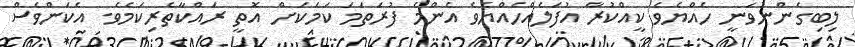
ލިބިގެންނުވަނީ ހެއްޔެވެ ކީއްކުރާ އުފަލެއްހެއްޔެވެ އެންމެ ފުރަތަމަ ކަމަކަށް އޮތީ ރައްކާތެރިކަމެވެ. އެކަންވެސް